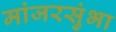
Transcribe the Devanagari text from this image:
मांजरसुंभा